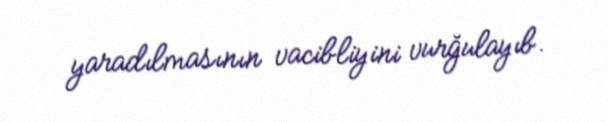
yaradılmasının vacibliyini vurğulayıb.